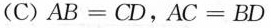
(C)$$AB=CD$$，$$AC=BD$$